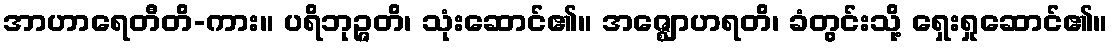
အာဟာရေတီတိ-ကား။ ပရိဘုဉ္ဇတိ၊ သုံးဆောင်၏။ အဇ္ဈောဟရတိ၊ ခံတွင်းသို့ ရှေးရှုဆောင်၏။